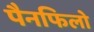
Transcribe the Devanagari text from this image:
पैनफिलो